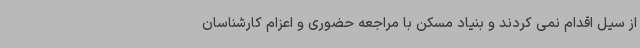
از سیل اقدام نمی کردند و بنیاد مسکن با مراجعه حضوری و اعزام کارشناسان